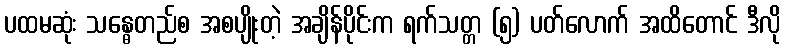
ပထမဆုံး သန္ဓေတည်စ အစပျိုးတဲ့ အချိန်ပိုင်းက ရက်သတ္တ (၅) ပတ်လောက် အထိတောင် ဒီလို